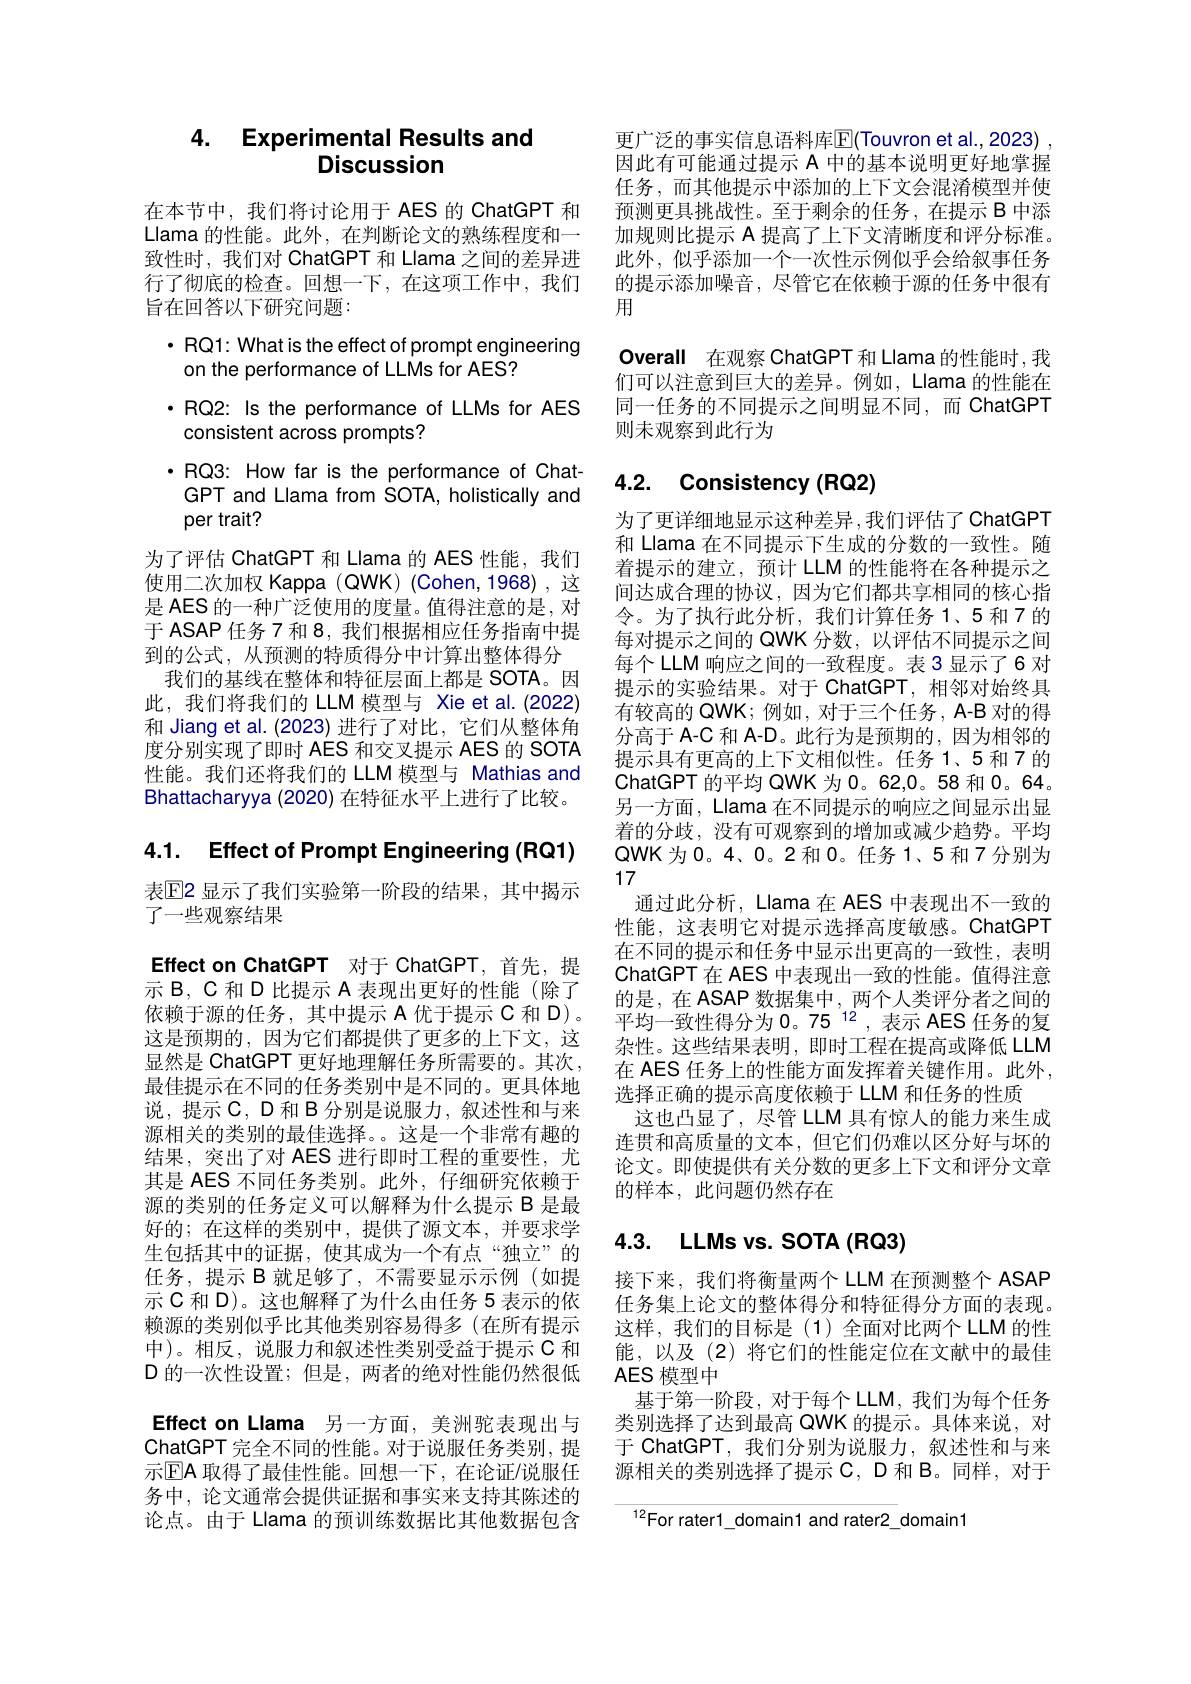
4. Experimental Results and
# Discussion

在本节中，我们将讨论用于 AES 的 ChatGPT 和Llama 的性能。此外，在判断论文的熟练程度和一致性时，我们对 ChatGPT 和 Llama 之间的差异进行了彻底的检查。回想一下，在这项工作中，我们旨在回答以下研究问题：
$\cdot$ RQ1: What is the effect of prompt engineering
on the performance of LLMs for AES?
$\cdot$RQ2: Is the performance of LLMs for AES
consistent across prompts?
$\cdot$ RQ3: How far is the performance of ChatGPT and Llama from SOTA, holistically and per trait?
为了评估 ChatGPT 和 Llama 的 AES 性能，我们使用二次加权 Kappa (QWK) (Cohen,1968) ,这是 AES 的一种广泛使用的度量。值得注意的是，对于 ASAP 任务 7 和 8, 我们根据相应任务指南中提到的公式，从预测的特质得分中计算出整体得分
我们的基线在整体和特征层面上都是 SOTA。因此，我们将我们的 LLM 模型与 Xie et al.(2022) 和 Jiang et al. (2023) 进行了对比，它们从整体角度分别实现了即时 AES 和交叉提示 AES 的 SOTA 性能。我们还将我们的 LLM 模型与 Mathias and Bhattacharyya (2020) 在特征水平上进行了比较。

## 4.1. Effect of Prompt Engineering (RQ1)

表$\boxed{\mathrm{E}}$2 显示了我们实验第一阶段的结果，其中揭示
了一些观察结果

Effect on ChatGPT 对于 ChatGPT,首先，提示 B, C 和 D 比提示 A 表现出更好的性能(除了依赖于源的任务，其中提示 A 优于提示 C 和 D)。这是预期的 ,因为它们都提供了更多的上下文，这显然是 ChatGPT 更好地理解任务所需要的。其次， 最佳提示在不同的任务类别中是不同的。更具体地说，提示$\mathcal{C}$, D 和 B 分别是说服力，叙述性和与来源相关的类别的最佳选择。。这是一个非常有趣的结果，突出了对 AES 进行即时工程的重要性，尤其是 AES 不同任务类别。此外，仔细研究依赖于源的类别的任务定义可以解释为什么提示 B 是最好的；在这样的类别中，提供了源文本，并要求学生包括其中的证据，使其成为一个有点“独立”的任务，提示 B 就足够了，不需要显示示例(如提示 C 和 D)。这也解释了为什么由任务 5 表示的依赖源的类别似乎比其他类别容易得多(在所有提示中)。相反，说服力和叙述性类别受益于提示 C 和D 的一次性设置；但是，两者的绝对性能仍然很低Effect on Llama 另一方面，美洲驼表现出与ChatGPT 完全不同的性能。对于说服任务类别，提示$\underline{\mathrm{E}}$A 取得了最佳性能。回想一下，在论证/说服任务中，论文通常会提供证据和事实来支持其陈述的论点。由于 Llama 的预训练数据比其他数据包含

更广泛的事实信息语料库$\mathbb{E}($Touvron et al.,2023) 因此有可能通过提示 A 中的基本说明更好地掌握任务，而其他提示中添加的上下文会混淆模型并使预测更具挑战性。至于剩余的任务，在提示 B 中添加规则比提示 A 提高了上下文清晰度和评分标准。此外，似乎添加一个一次性示例似乎会给叙事任务的提示添加噪音，尽管它在依赖于源的任务中很有用

Overall 在观察 ChatGPT 和 Llama 的性能时，我们可以注意到巨大的差异。例如，Llama 的性能在同一任务的不同提示之间明显不同，而 ChatGPT 则未观察到此行为

# 4.2. Consistency (RQ2)

为了更详细地显示这种差异 ,我们评估了 ChatGPT 和 Llama 在不同提示下生成的分数的一致性。随着提示的建立，预计 LLM 的性能将在各种提示之间达成合理的协议，因为它们都共享相同的核心指令。为了执行此分析，我们计算任务 1、5 和 7 的每对提示之间的 QWK 分数，以评估不同提示之间每个 LLM 响应之间的一致程度。表 3 显示了6 对提示的实验结果。对于 ChatGPT,相邻对始终具有较高的 QWK; 例如，对于三个任务 , A-B 对的得分高于 A-C 和 A-D。此行为是预期的，因为相邻的提示具有更高的上下文相似性。任务 1、5 和 7 的ChatGPT 的平均 QWK 为 0。62,0。58 和 0。64。另一方面，Llama 在不同提示的响应之间显示出显着的分歧，没有可观察到的增加或减少趋势。平均QWK为0。4、0。2和0。任务 1、5 和 7 分别为17
通过此分析，Llama 在 AES 中表现出不一致的性能，这表明它对提示选择高度敏感。ChatGPT 在不同的提示和任务中显示出更高的一致性，表明ChatGPT 在 AES 中表现出一致的性能。值得注意的是，在 ASAP 数据集中，两个人类评分者之间的平均一致性得分为 0。75 $^{12}$,表示 AES 任务的复杂性。这些结果表明，即时工程在提高或降低 LLM 在 AES 任务上的性能方面发挥着关键作用。此外， 选择正确的提示高度依赖于 LLM 和任务的性质
这也凸显了，尽管 LLM 具有惊人的能力来生成连贯和高质量的文本，但它们仍难以区分好与坏的论文。即使提供有关分数的更多上下文和评分文章的样本，此问题仍然存在

# 4.3. LLMs vs. SOTA (RQ3)

接下来，我们将衡量两个 LLM 在预测整个 ASAP 任务集上论文的整体得分和特征得分方面的表现。这样，我们的目标是(1)全面对比两个 LLM 的性能，以及(2)将它们的性能定位在文献中的最佳AES 模型中
基于第一阶段，对于每个LLM，我们为每个任务类别选择了达到最高 QWK 的提示。具体来说，对于 ChatGPT,我们分别为说服力，叙述性和与来源相关的类别选择了提示$\mathcal{C}$, D 和 B。同样，对于

$^{12}$For rater1\_domain1 and rater2\_domain1